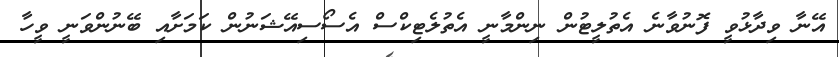
އޭނާ ވިދާޅުވީ ފޮނުވާނެ އެތުލީޓުން ނިންމާނީ އެތުލެޓިކްސް އެސޯސިއޭޝަނުން ކަމަށާއި ބޭނުންވަނީ ވީހާ